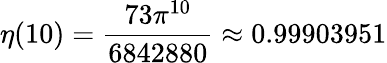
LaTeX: \eta(10)={\frac{73\pi^{10}}{6842880}}\approx 0.99903951